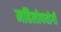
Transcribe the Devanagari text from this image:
महिलोपयोगी